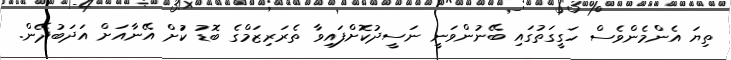
ތިޔަ އެންމެންވެސް ހަގީގަތުގައި ބޭނުންވަނީ ނަސީދުކޮށްފައިވާ ތެރަރިޒަމްގެ ބޮޑު ކުަށް އޭނާއަށް އަދަބުދޭން.